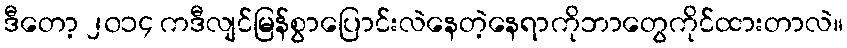
ဒီတော့ ၂၀၁၄ ကဒီလျင်မြန်စွာပြောင်းလဲနေတဲ့နေရာကိုဘာတွေကိုင်ထားတာလဲ။